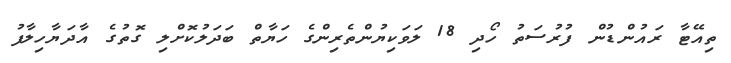
ތިއޭޓާ ރައުންޑުން ފުރުސަތު ހޯދި 18 ލަވަކިޔުންތެރިންގެ ހަޔާތް ބަަދަލުކޮށްލި ގޮތުގެ އާދަޔާހިލާފު